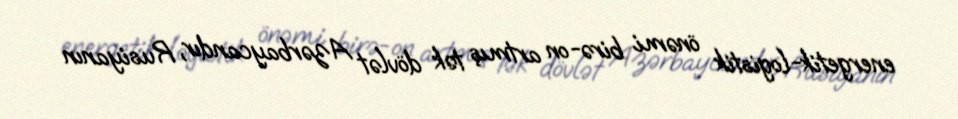
energetik-logistik önəmi birə-on artmış tək dövlət Azərbaycandır, Rusiyanın